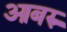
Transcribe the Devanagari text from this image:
आबरु